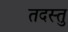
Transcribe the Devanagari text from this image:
तदस्तु